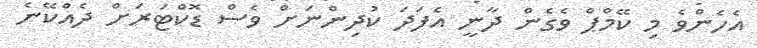
އެހެންވެ މި ކޭމްޕް ވެގެން ދާނީ އެފަދަ ކުދިންނަށް ވެސް ޑޮކްޓަރަށް ދެއްކޭނެ